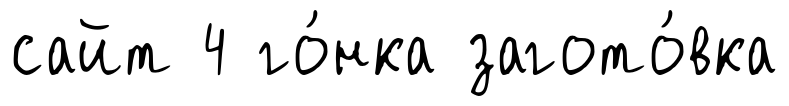
сайт 4 го́нка загото́вка